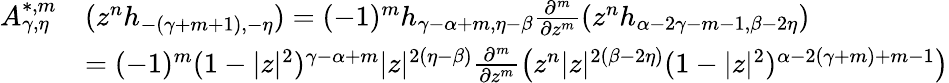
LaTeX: \begin{array}{rl}{A_{\gamma,\eta}^{*,m}}&{(z^{n}h_{-(\gamma+m+1),-\eta})=(-1)^{m}h_{\gamma-\alpha+m,\eta-\beta}\frac{\partial^{m}}{\partial z^{m}}(z^{n}h_{\alpha-2\gamma-m-1,\beta-2\eta})}\\ &{=(-1)^{m}(1-|z|^{2})^{\gamma-\alpha+m}|z|^{2(\eta-\beta)}\frac{\partial^{m}}{\partial z^{m}}\big(z^{n}|z|^{2(\beta-2\eta)}(1-|z|^{2})^{\alpha-2(\gamma+m)+m-1}\big)}\end{array}